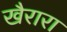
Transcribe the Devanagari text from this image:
खैरारा